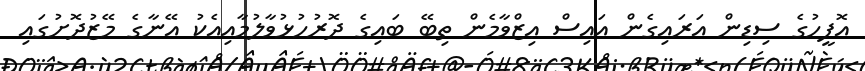
އޮފީހުގެ ސިޑިން އަރައިގެން އައިސް ޢިޒްވާމެން ތިބޭ ބައިގެ ދޮރުހުޅުވާލުމާއިއެކު އޭނާގެ މޭޒުދޮށުގައި